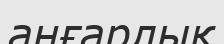
аңғарлық